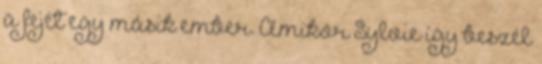
a fejét egy másik ember. Amikor Sylvie így beszél